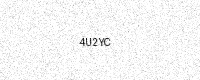
Text: 4U2YC